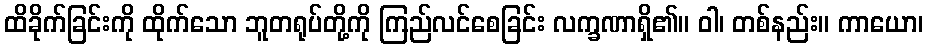
ထိခိုက်ခြင်းကို ထိုက်သော ဘူတရုပ်တို့ကို ကြည်လင်စေခြင်း လက္ခဏာရှိ၏။ ဝါ၊ တစ်နည်း။ ကာယော၊